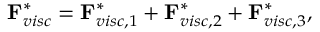
\begin{array} { r } { \mathbf { F } _ { v i s c } ^ { * } = \mathbf { F } _ { v i s c , 1 } ^ { * } + \mathbf { F } _ { v i s c , 2 } ^ { * } + \mathbf { F } _ { v i s c , 3 } ^ { * } , } \end{array}